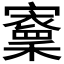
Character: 𡫵